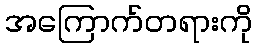
အကြောက်တရားကို